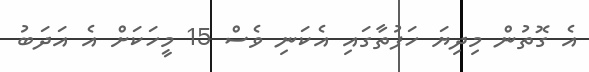
އެ ގޮތުން މިދިޔަ ހަފުތާގައި އެކަނި ވެސް 15 މީހަކަށް އެ އަދަބު